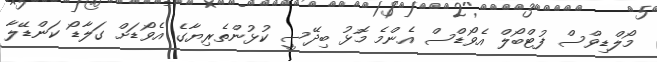
މޯލްޑިވްސް ފުޓްބޯލް އެވޯޑްސް އެންމެ މޮޅު ބިދޭސީ ކުޅުންތެރިޔާގެ އެވޯޑަށް ގަލާޑޯ ކަންޑޭލާ